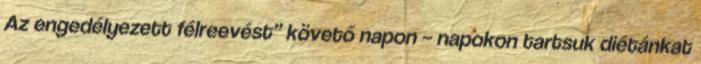
Az engedélyezett félreevést” követő napon – napokon tartsuk diétánkat